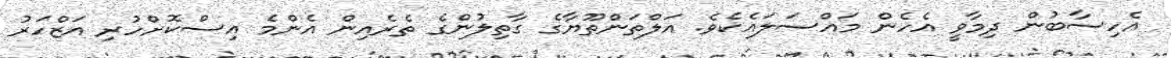
އެހިސާބުން ދިމާވީ އެހެން މައްސަލައެކެވެ. އަލްތަންތޫޔާގެ ގާތިލުންގެ ތެރެއިން އެންމެ އިސްކޮށްހުރި އަޒްހަރު